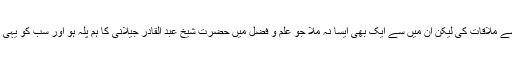
جہاں میں نے تین سو ساٹھ مشائخ کرام سے ملاقات کی لیکن ان میں سے ایک بھی ایسا نہ ملا جو علم و فضل میں حضرت شیخ عبد القادر جیلانیؒ کا ہم پلّہ ہو اور سب کو یہی کہتے سنا کہ وہ ہمارے شیخ و پیشوا ہیں۔